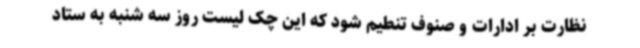
نظارت بر ادارات و صنوف تنطیم شود که این چک لیست روز سه شنبه به ستاد